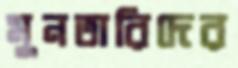
মুনতারিদের